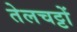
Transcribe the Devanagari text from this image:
तेलचट्टों